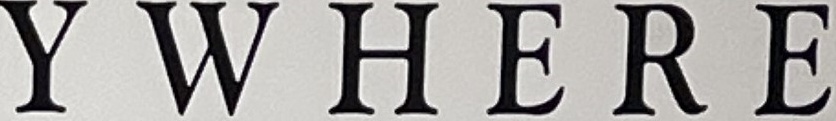
YWHERE